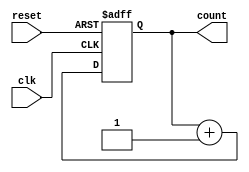
module async_counter #(parameter N = 4) (
    input wire clk,        // Clock input
    input wire reset,      // Asynchronous reset
    output reg [N-1:0] count // Count output
);

// Asynchronous counter logic
always @(posedge clk or posedge reset) begin
    if (reset) begin
        count <= 0; // Reset count to 0
    end else begin
        count <= count + 1; // Increment count
    end
end

endmodule